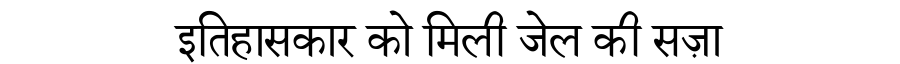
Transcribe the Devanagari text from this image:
इतिहासकार को मिली जेल की सज़ा